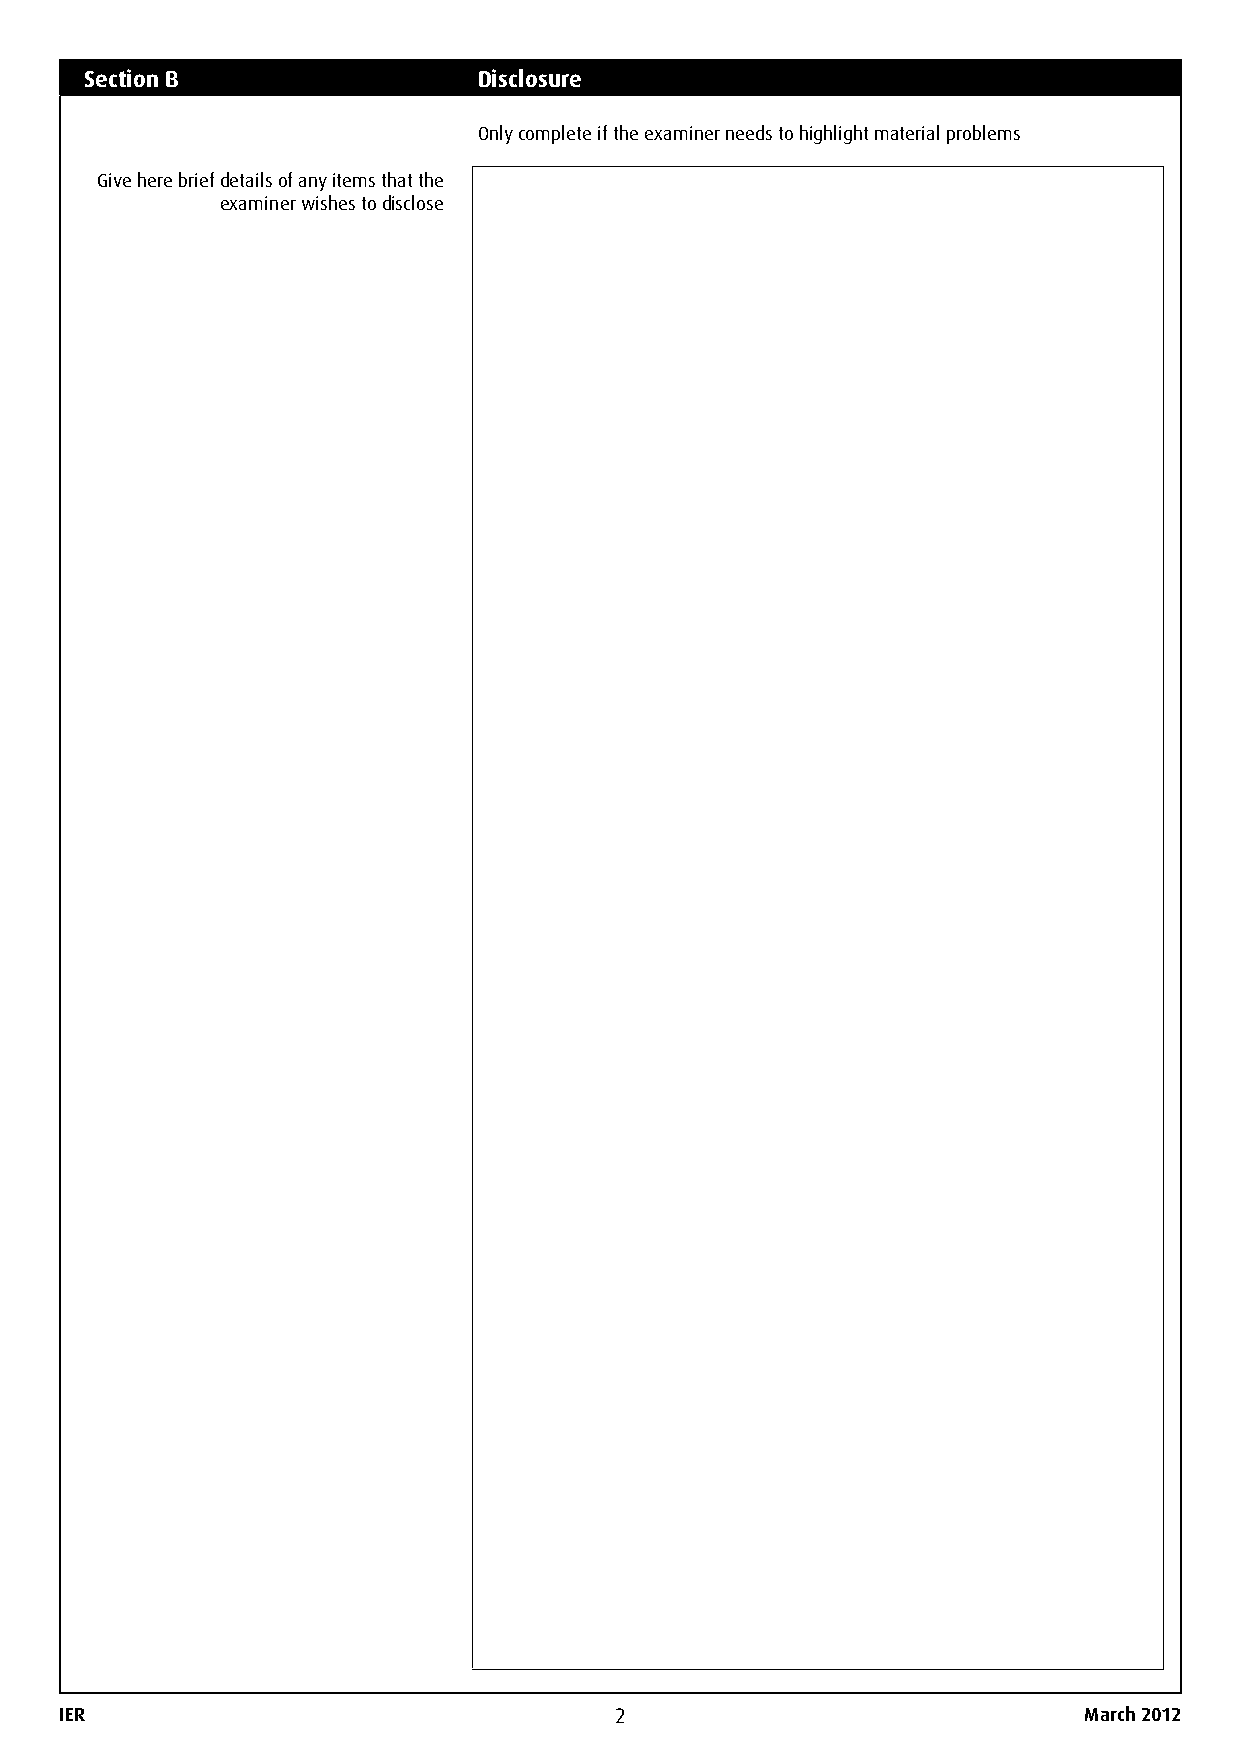
Section B                 Disclosure
 Only complete if the examiner needs to highlight material problems
 Give here brief details of any items that the
 examiner wishes to disclose
 IER                                  2                              March 2012